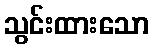
သွင်းထားသော